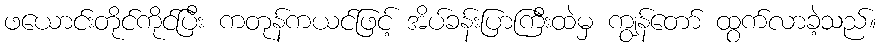
ဖယောင်းတိုင်ကိုင်ပြီး ကတုန်ကယင်ဖြင့် အိပ်ခန်းပြာကြီးထဲမှ ကျွန်တော် ထွက်လာခဲ့သည်။